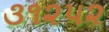
૩૧૨૫૨